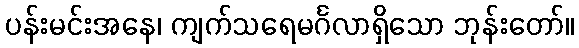
ပန်းမင်းအနေ၊ ကျက်သရေမင်္ဂလာရှိသော ဘုန်းတော်။